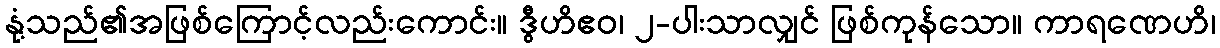
နုံ့သည်၏အဖြစ်ကြောင့်လည်းကောင်း။ ဒွီဟိဧဝ၊ ၂-ပါးသာလျှင် ဖြစ်ကုန်သော။ ကာရဏေဟိ၊